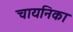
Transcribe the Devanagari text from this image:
चायनिका